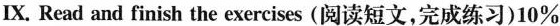
Ⅸ. Read and finish the exercises(阅读短文,完成练习)10%